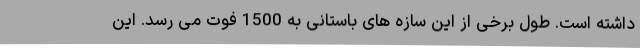
داشته است. طول برخی از این سازه های باستانی به 1500 فوت می رسد. این